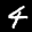
Label: 4